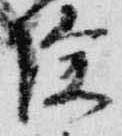
除